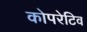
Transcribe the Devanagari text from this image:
कोपरेटिव